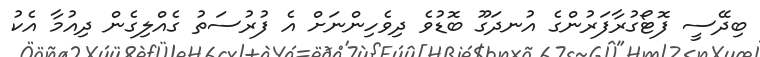
ބިދޭސީ ފޮޓޯގުރާފަރުންގެ އުނދަގޫ ބޮޑުވެ ދިވެހިންނަށް އެ ފުރުސަތު ގެއްލިގެން ދިއުމާ އެކު